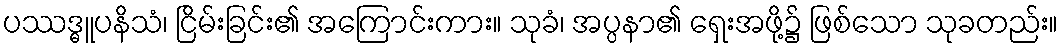
ပဿဒ္ဓူပနိသံ၊ ငြိမ်းခြင်း၏ အကြောင်းကား။ သုခံ၊ အပ္ပနာ၏ ရှေးအဖို့၌ ဖြစ်သော သုခတည်း။